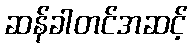
ဆန်ခါတင်အဆင့်